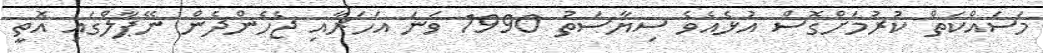
މަސައްކަތް ކުރުމަށްގޮސް އުޅެއެވެ ސިޔާސަތު 1990 ވަނަ އަހަރާއި ޖެހެންދެން ނޭޕާލްގައި އޮތީ